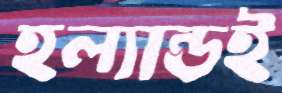
হল্যান্ডই